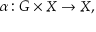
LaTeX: \alpha \colon G \times X \to X ,